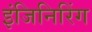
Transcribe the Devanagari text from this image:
इंजिनिरिंग